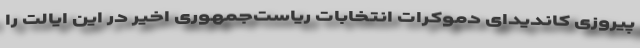
پیروزی کاندیدای دموکرات انتخابات ریاست‌جمهوری اخیر در این ایالت را